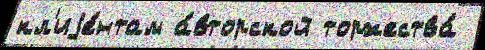
кл'иjе́нтам а́вторской торжества́